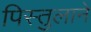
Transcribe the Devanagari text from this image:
पिस्तुलाने